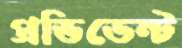
প্রভিডেন্ট